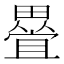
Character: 𭻰